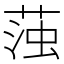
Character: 𮶫